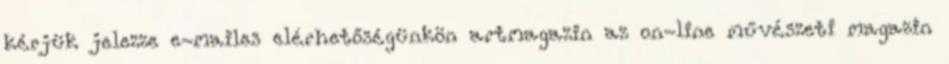
kérjük jelezze e-mailes elérhetőségünkön artmagazin az on-line művészeti magazin